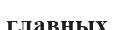
главных